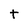
Character: t